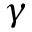
\gamma